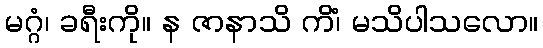
မဂ္ဂံ၊ ခရီးကို။ န ဇာနာသိ ကိံ၊ မသိပါသလော။